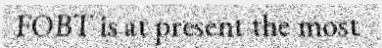
FOBT is at present the most